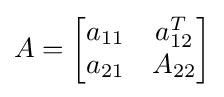
A={\begin{bmatrix}a_{11}&a_{12}^{T}\\a_{21}&A_{22}\end{bmatrix}}